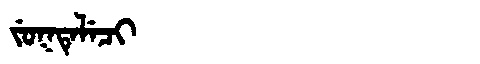
Manchu: ᠵᡠᡴᡨᡝᠯᡝᠴᡳ
Romanization: JUKTELECI